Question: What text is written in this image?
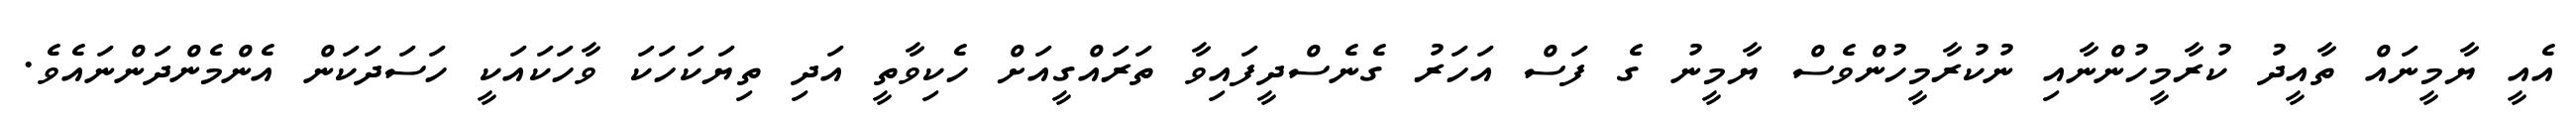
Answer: އެއީ ޔާމީނައް ތާއީދު ކުރާމީހުންނާއި ނުކުރާމީހުންވެސް ޔާމީނު ގެ ފަސް އަހަރު ގެނެސްދީފައިވާ ތަރައްގީއަށް ހެކިވާތީ އަދި ތިޔަކަހަކަ ވާހަކައަކީ ހަސަދަކަން އެންމެންދަންނައެވެ.